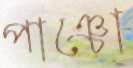
পাঞ্চো